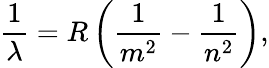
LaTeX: {\frac{1}{\lambda}}=R\left({\frac{1}{m^{2}}}-{\frac{1}{n^{2}}}\right),